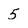
Character: 5